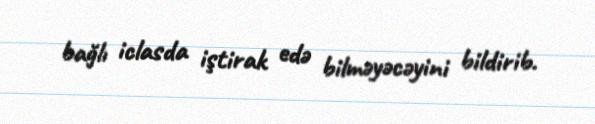
bağlı iclasda iştirak edə bilməyəcəyini bildirib.